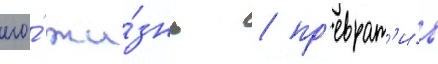
его́ жи́знь / пр'еврат'и́в